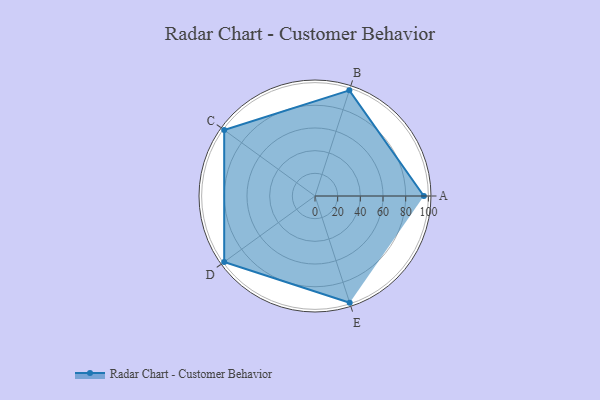
{"axis": {"x": "Skill", "y": "Score"}, "legend": ["Profile"], "data": [{"x": "A", "y": 96.0, "type": "Profile"}, {"x": "B", "y": 98.0, "type": "Profile"}, {"x": "C", "y": 99, "type": "Profile"}, {"x": "D", "y": 99, "type": "Profile"}, {"x": "E", "y": 99, "type": "Profile"}]}